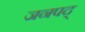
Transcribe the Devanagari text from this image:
जनपद्